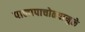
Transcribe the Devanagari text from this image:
पालापाचोळ्यामुळे